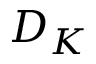
D _ { K }